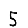
Digit: 5